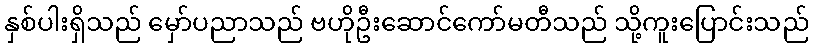
နှစ်ပါးရှိသည် မှော်ပညာသည် ဗဟိုဦးဆောင်ကော်မတီသည် သို့ကူးပြောင်းသည်